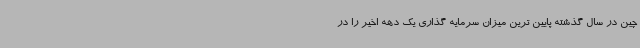
چین در سال گذشته پایین ترین میزان سرمایه گذاری یک دهه اخیر را در